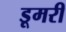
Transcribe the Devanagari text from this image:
डूमरी